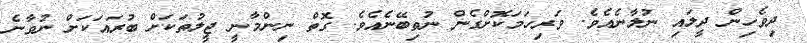
ދިވެހިން ދީލައި ނުލާނެއެވެ. ވަރިހަމަކޮށްގެން ނުތިބޭނެއެވެ. ގޮތް ނިންމާނީ ޖީލުތަކަށް ބުރައަކަށް ނުވާނެ